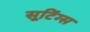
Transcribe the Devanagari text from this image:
सूटिंग्स